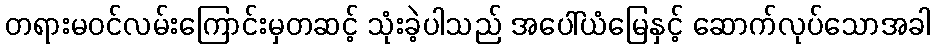
တရားမဝင်လမ်းကြောင်းမှတဆင့် သုံးခဲ့ပါသည် အပေါ်ယံမြေနှင့် ဆောက်လုပ်သောအခါ